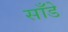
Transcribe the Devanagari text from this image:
साँडे